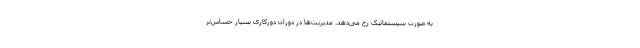
به صورت سیستماتیک رخ می‌دهد. مدیریت‌ها در دوران دورکاری‌ بسیار حساس‌تر